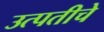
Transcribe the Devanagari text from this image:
उत्पतीचे